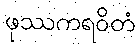
ဖုဿကရဝိတံ